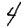
Digit: 4